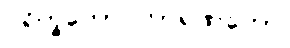
ပရိက္ခကော ကာရဏိကော၊